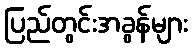
ပြည်တွင်းအခွန်များ